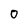
Character: O